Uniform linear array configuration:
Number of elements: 24
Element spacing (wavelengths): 0.75
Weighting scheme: uniform
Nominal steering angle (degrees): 60
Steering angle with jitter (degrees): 59.159
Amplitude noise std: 0.05
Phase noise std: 0.05

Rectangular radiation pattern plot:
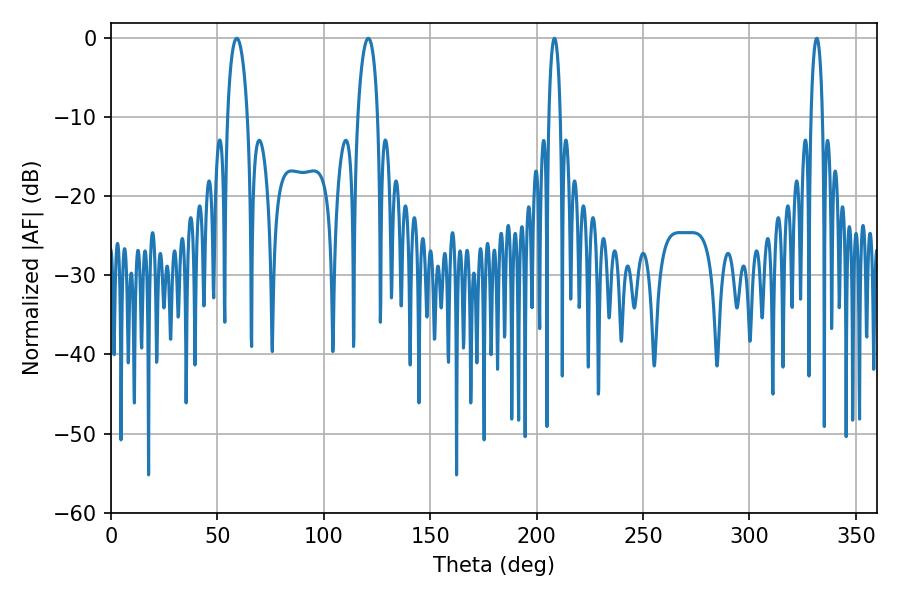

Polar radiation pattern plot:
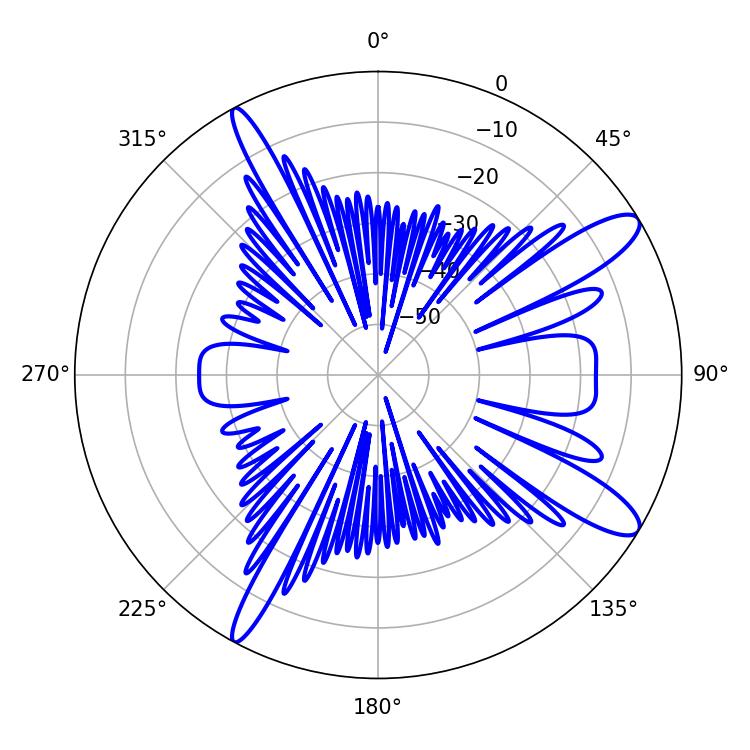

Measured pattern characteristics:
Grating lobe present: TRUE
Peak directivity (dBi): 11.921
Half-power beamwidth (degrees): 5.4
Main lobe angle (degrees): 59.04